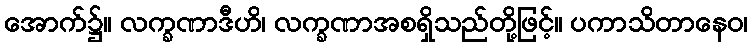
အောက်၌။ လက္ခဏာဒီဟိ၊ လက္ခဏာအစရှိသည်တို့ဖြင့်။ ပကာသိတာနေဝ၊